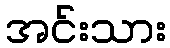
အင်းသား